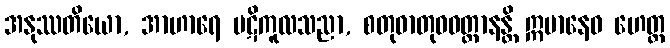
အနုဿတိယော, အာဟာရေ ပဋိကူလသညာ, စတုဓာတုဝဝတ္ထာနန္တိ ဣမာနေဝ ဟေတ္ထ